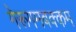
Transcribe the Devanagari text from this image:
गेरूगमबक्कम